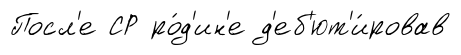
Посл'е СР ро́д'ин'е д'еб'ют'и́ровав